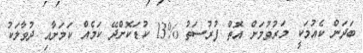
ބަދަން ކެއުމަކީ މަރުވުމަށް އޮތް ފުރުސަތު %13 ކުޑަކޮށްދޭ ކަމެއް ކަމަށާއި ދުވާލަކު